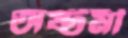
অষ্টমী